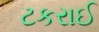
ટકરાઈ